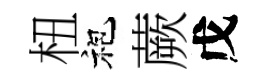
杻袍蕨戊